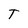
Character: T